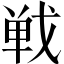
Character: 𢧐